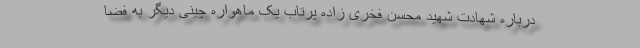
درباره شهادت شهید محسن فخری زاده پرتاب یک ماهواره چینی دیگر به فضا